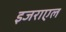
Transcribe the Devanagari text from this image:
इजराएल